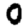
Digit: 0